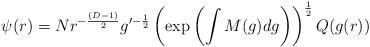
LaTeX: \begin{align*}\psi(r)=N r^{-\frac{(D-1)}{2}}g^{\prime-\frac{1}{2}}\left(\exp\left(\int M(g)dg\right)\right)^{\frac{1}{2}}Q(g(r))\end{align*}